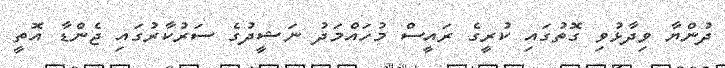
ދުންޔާ ވިދާޅުވި ގޮތުގައި ކުރީގެ ރައީސް މުހައްމަދު ނަޝީދުގެ ސަރުކާރުގައި ޖެންޑާ އޮތީ